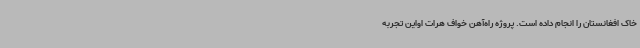
خاک افغانستان را انجام داده است. پروژه راه‌آهن خواف هرات اواین تجربه